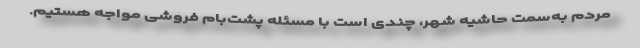
مردم به‌سمت حاشیه شهر، چندی است با مسئله پشت‌بام فروشی مواجه هستیم.